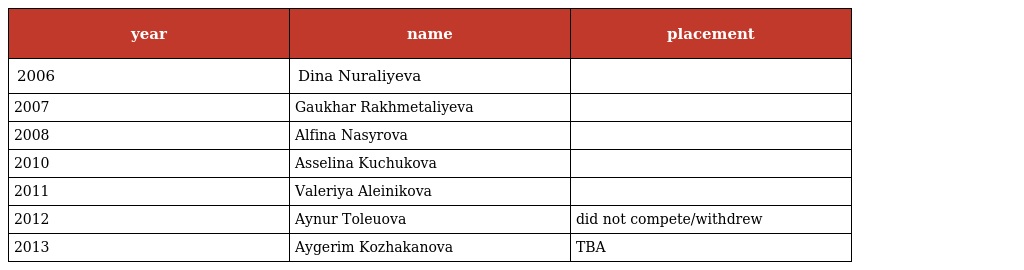
| year | name | placement |
 | --- | --- | --- |
 | 2006 | Dina Nuraliyeva |  |
 | 2007 | Gaukhar Rakhmetaliyeva |  |
 | 2008 | Alfina Nasyrova |  |
 | 2010 | Asselina Kuchukova |  |
 | 2011 | Valeriya Aleinikova |  |
 | 2012 | Aynur Toleuova | did not compete/withdrew |
 | 2013 | Aygerim Kozhakanova | TBA |